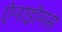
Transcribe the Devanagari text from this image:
ऐनाड्रोमस